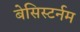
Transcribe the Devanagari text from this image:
बेसिस्टर्नम